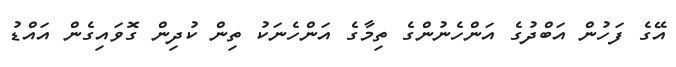
އޭގެ ފަހުން އަބްދުގެ އަންހެނުންގެ ތިމާގެ އަންހެނަކު ތިން ކުދިން ގޮވައިގެން އައްޑު